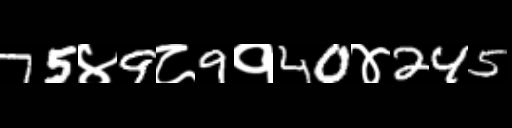
Text: 75४9८9१40४245